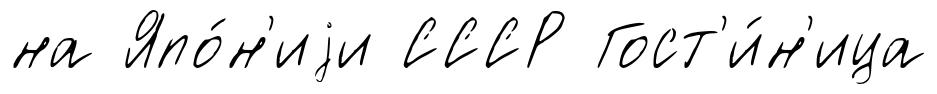
на Япо́н'иjи СССР Гост'и́н'ица